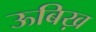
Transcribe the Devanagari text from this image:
ऊबिख़